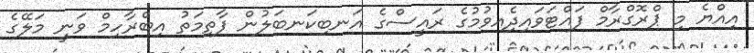
އިއްޔެ މި ޕްރޮގްރާމް ފައްޓަވައިދިެއވުމުގެ ރައީސްގެ އަނބިކަނބަލުން ފާތިމަތު އިބްރާހިމް ވަނީ މަލޭގެ